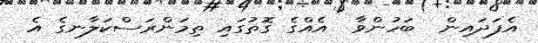
އެފަދައިން  ބަހުންވާ  އެއްގެ ގޮތުގައި ތިމަންރަސްކަލާނގެ އެ